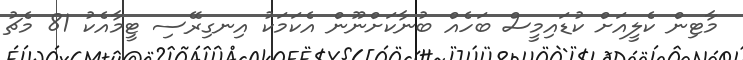
މާޓިން ކެލީއަށް ކުޑައިމީސް ބަހެއް ބުނާކަށްނޫން އެކަމަކު އިނގިރޭސި ޓީމާއެކު 81 މެޗު